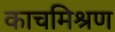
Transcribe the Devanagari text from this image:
काचमिश्रण